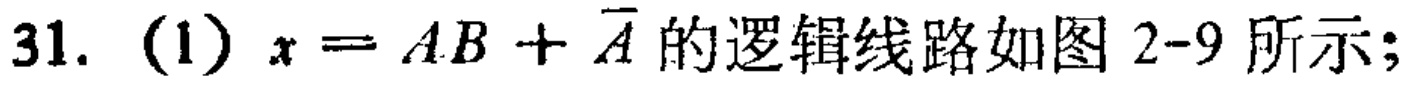
31. (1) \(x = AB+\overline{A}\)的逻辑线路如图2-9所示；